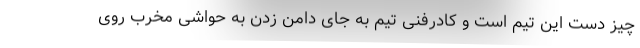
چیز دست این تیم است و کادرفنی تیم به جای دامن زدن به حواشی مخرب روی